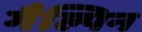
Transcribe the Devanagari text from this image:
गैल्पिन